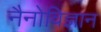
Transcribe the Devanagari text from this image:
नैनोविज्ञान